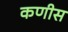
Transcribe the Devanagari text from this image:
कणीस